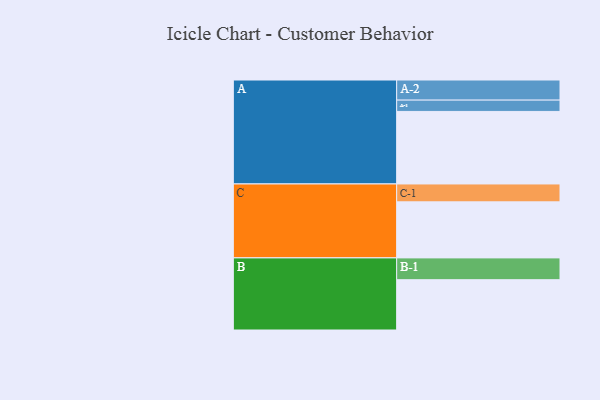
{"axis": {"x": "Segment", "y": "Value"}, "legend": ["", "A", "B", "C"], "data": [{"x": "A", "y": 519, "type": ""}, {"x": "B", "y": 360, "type": ""}, {"x": "C", "y": 401, "type": ""}, {"x": "A-1", "y": 81, "type": "A"}, {"x": "A-2", "y": 144, "type": "A"}, {"x": "B-1", "y": 156, "type": "B"}, {"x": "C-1", "y": 128, "type": "C"}]}